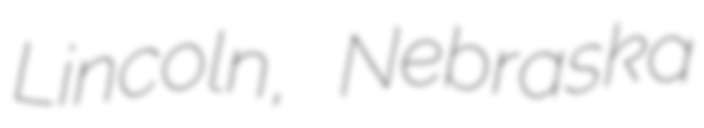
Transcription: Lincoln, Nebraska